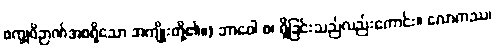
စက္ခုဝိဉာဏ်အစရှိသော အကျိုးတို့၏။) ဘာဝေါ စ၊ ရှိခြင်းသည်လည်းကောင်း။ လောကဿ၊